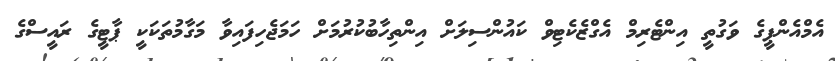
އެމްއެންޕީގެ ވަގުތީ އިންޓެރިމް އެގްޒެކެޓިވް ކައުންސިލަށް އިންތިހާބުކުރުމަށް ހަމަޖެހިފައިވާ މަގާމުތަކަކީ ޕާޓީގެ ރައީސްގެ